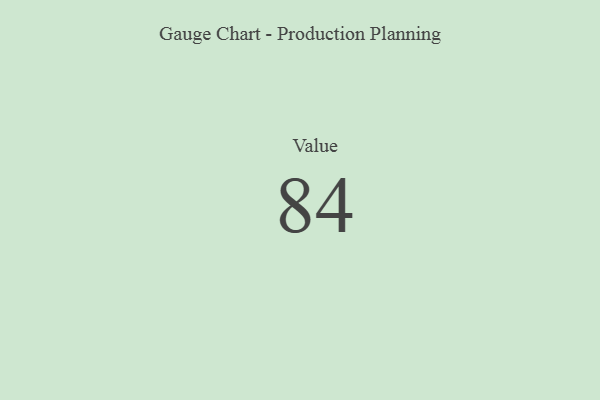
{"axis": {"x": "Metric", "y": "Value"}, "legend": [""], "data": [{"x": "Value", "y": 84, "type": ""}]}